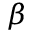
\beta